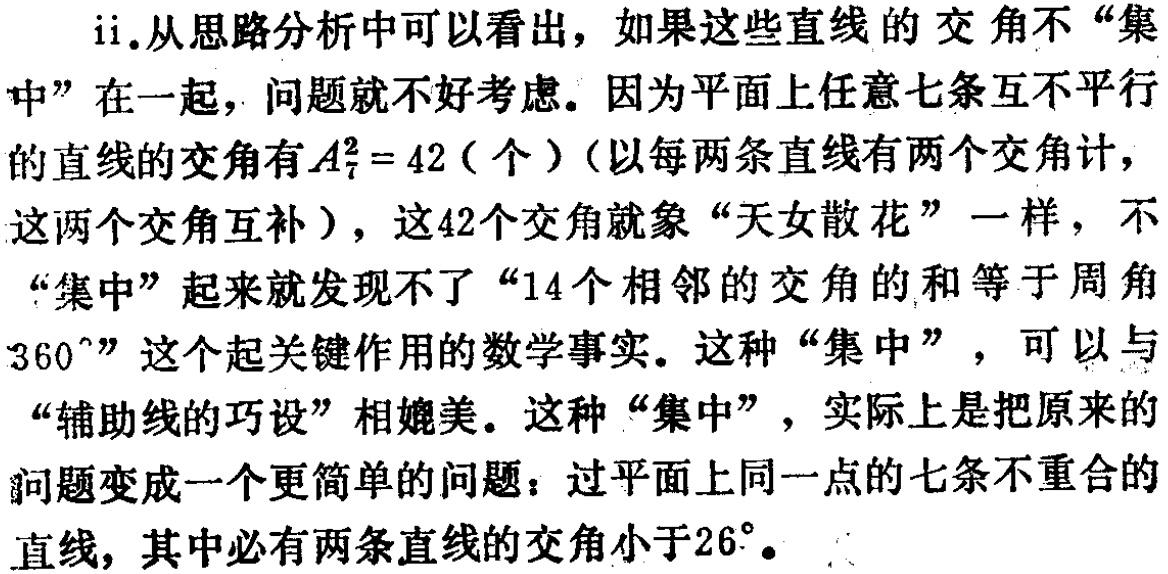
ii.从思路分析中可以看出，如果这些直线的交角不“集中”在一起，问题就不好考虑。因为平面上任意七条互不平行的直线的交角有\(A_{7}^{2}=42\)（个）（以每两条直线有两个交角计，这两个交角互补），这42个交角就象“天女散花”一样，不“集中”起来就发现不了“14个相邻的交角的和等于周角\(360^{\circ}\)”这个起关键作用的数学事实。这种“集中”，可以与“辅助线的巧设”相媲美。这种“集中”，实际上是把原来的问题变成一个更简单的问题：过平面上同一点的七条不重合的直线，其中必有两条直线的交角小于\(26^{\circ}\)。